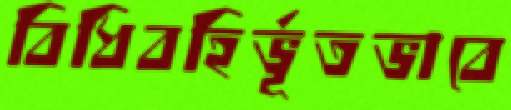
বিধিবহির্ভূতভাবে